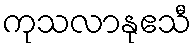
ကုသလာနုဧသီ